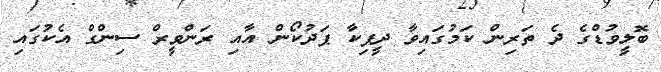
ބޮލީވުޑްގެ ދެ ތަރިން ކަމުގައިވާ ދީޕިކާ ޕަދުކޯން އާއި ރަންވީރް ސިންގް އެކުގައި